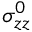
\sigma _ { z z } ^ { 0 }